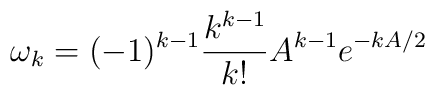
\omega_k =(-1)^{k-1}\frac{k^{k-1}}{k!}A^{k-1}e^{-kA/2}